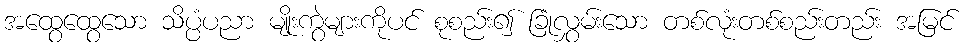
အထွေထွေသော သိပ္ပံပညာ မျိုးကွဲများကိုပင် စုစည်း၍ ခြုံလွှမ်းသော တစ်လုံးတစ်စည်းတည်း အမြင်